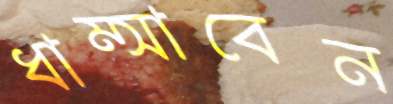
ধাম্‌সাবেন